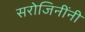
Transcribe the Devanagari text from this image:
सरोजिनींनी